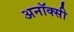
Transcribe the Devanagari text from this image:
अनॉक्सी